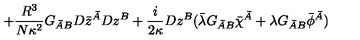
+ \frac { R ^ { 3 } } { N \kappa ^ { 2 } } G _ { \bar { A } B } D \bar { z } ^ { \bar { A } } D z ^ { B } + \frac { i } { 2 \kappa } D z ^ { B } ( \bar { \lambda } G _ { \bar { A } B } \bar { \chi } ^ { \bar { A } } + \lambda G _ { \bar { A } B } \bar { \phi } ^ { \bar { A } } )